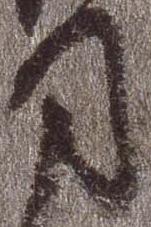
司